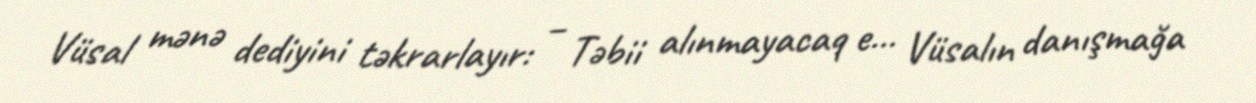
Vüsal mənə dediyini təkrarlayır: – Təbii alınmayacaq e… Vüsalın danışmağa